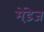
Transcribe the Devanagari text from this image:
मेंडे़ज